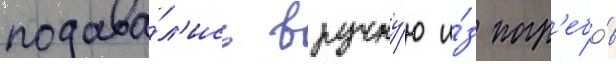
подава́л'ись вручну́ю и́з погр'ебо́в